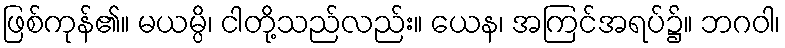
ဖြစ်ကုန်၏။ မယမ္ပိ၊ ငါတို့သည်လည်း။ ယေန၊ အကြင်အရပ်၌။ ဘဂဝါ၊